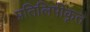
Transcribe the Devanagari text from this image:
प्रतिलिपीकृत